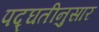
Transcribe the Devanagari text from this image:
पद्घतीनुसार